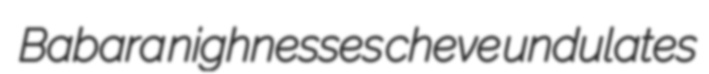
Babara nighnesses cheve undulates